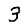
Digit: 3